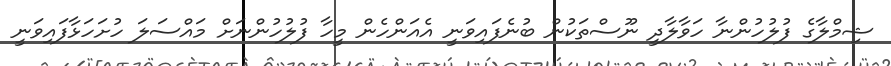
ޝިމްލާގެ ފުލުހުންނާ ހަވާލާދީ ނޫސްތަކުން ބުނެފައިވަނީ އެއަންހެން މީހާ ފުލުހުންނަށް މައްސަލަ ހުށަހަޅާފައިވަނީ